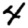
Digit: 4